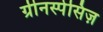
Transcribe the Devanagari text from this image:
ग्रीनस्पेसिज़